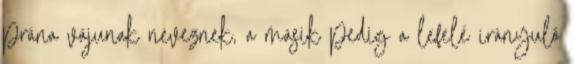
prána vájunak neveznek, a másik pedig a lefelé irányuló